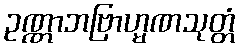
ဥဏ္ဏာဘဗြာဟ္မဏသုတ္တံ